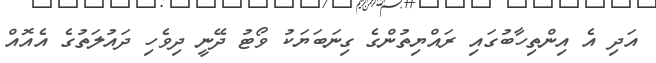
އަދި އެ އިންތިހާބުގައި ރައްޔިތުންގެ ގިނަބަޔަކު ވޯޓު ދޭނީ ދިވެހި ދައުލަތުގެ އެއޮއް